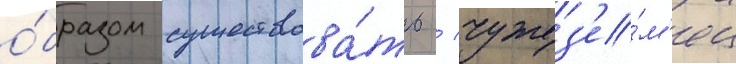
о́бразом существова́ть / чужез'е́м'ец